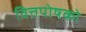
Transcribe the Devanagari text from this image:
वित्तपोषको